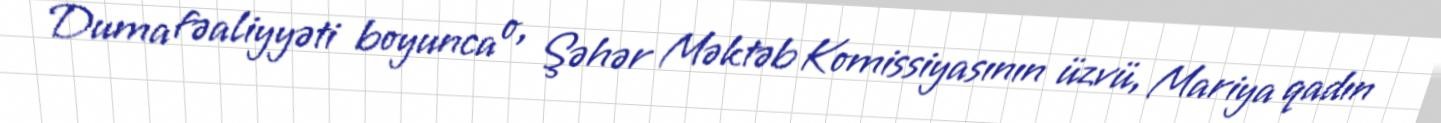
Duma fəaliyyəti boyunca o, Şəhər Məktəb Komissiyasının üzvü, Mariya qadın